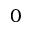
0